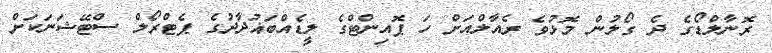
ރޮނާލްޑޯގެ ދެ ގޯލުން މޮޅުވެ ރެއާލްއަށް ހަ ޕޮއިންޓްގެ ލީޑެއްބަޣުދާދުގެ ޕެޓްރޯލް ސްޓޭޝަނަކަށް